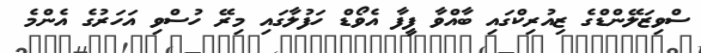
ސްވިޒަލޭންޑްގެ ޒިއުރިކްގައި ބާއްވާ ފީފާ އެވޯޑް ހަފުލާގައި މިރޭ ހުސްވި އަހަރުގެ އެންމެ